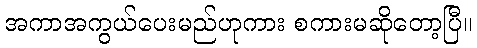
အကာအကွယ်ပေးမည်ဟုကား စကားမဆိုတော့ပြီ။